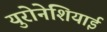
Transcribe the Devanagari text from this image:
युरोनेशियाई